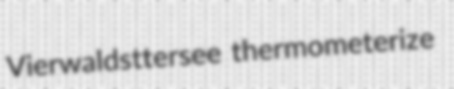
Vierwaldsttersee thermometerize